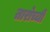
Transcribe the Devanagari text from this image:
तारोच्ची